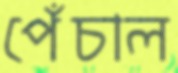
পেঁচাল